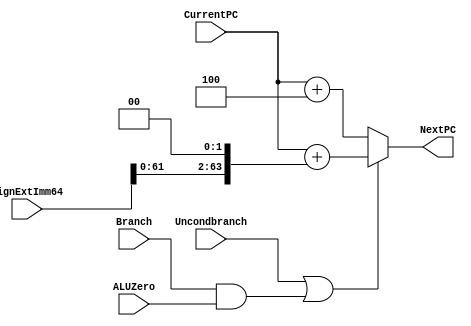

module NextPClogic(NextPC, CurrentPC, SignExtImm64, Branch, ALUZero, Uncondbranch); 
       input [63:0] CurrentPC, SignExtImm64; 
       input Branch, ALUZero, Uncondbranch; 
       output reg [63:0] NextPC; 
       
       reg [63:0] temp;
       
       always @(*)
         begin		
           temp = SignExtImm64 << 2; // shift the sign extender by 2 
           if(Uncondbranch | (Branch & ALUZero)) //if the bracnh is taken
	      NextPC <= #3 CurrentPC + temp;  
           else
	      NextPC = #2 CurrentPC + 4; // nextPC value when branch is not taken
         end
       
endmodule